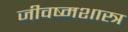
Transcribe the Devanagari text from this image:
जीवष्मशास्त्र